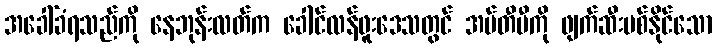
အခေါ်ခံရသည်ကို နေဘုန်းလတ်က ခေါင်လန်ဖူးဒေသတွင် အမ်တီဗီကို ဖျက်ဆီးပစ်နိုင်သော